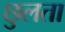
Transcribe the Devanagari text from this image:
छुलता